Supplement to the account of plague administration in the Bombay Presidency from September 1896 till May 1897
Year: 1896
Disease focus: Plague
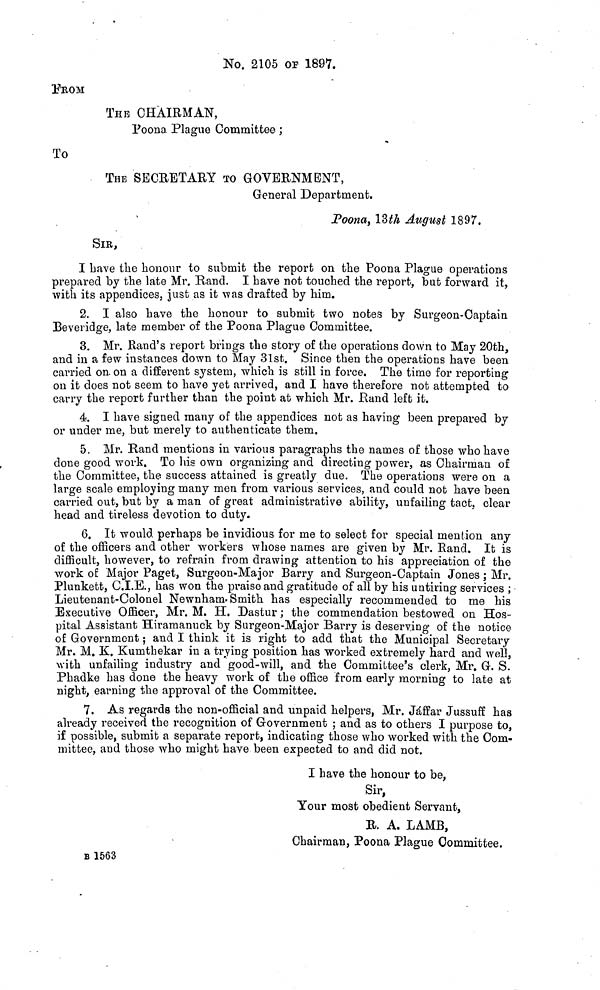
No. 2105 OP 1897.
FRΟΜ
THE CHAIRMAN,
Poona Plague Committee ;
To
THE SECRETARY TO GOVERNMENT,
General Department.
Poona, 13th August 1897.
SIR,
I have the honour to submit the report on the Poona Plague operations
prepared by the late Mr. Rand. I have not touched the report, but forward it,
with its appendices, just as it was drafted by him.
2. I also have the honour to submit two notes by Surgeon-Captain
Beveridge, late member of the Poona Plague Committee.
3. Mr. Rand's report brings the story of the operations down to May 20th,
and in a few instances down to May 31st. Since then the operations have been
carried on. on a different system, which is still in force. The time for reporting
on it does not seem to have yet arrived, and I have therefore not attempted to
carry the report further than the point at which Mr. Hand left it.
4. I have signed many of the appendices not as having been prepared by
or under me, but merely to authenticate them.
5. Mr. Rand mentions in various paragraphs the names of those who have
done good work. To his own organizing and directing power, as Chairman of
the Committee, the success attained is greatly due. The operations were on a
large scale employing many men from various services, and could not have been
carried out, but by a man of great administrative ability, unfailing tact, clear
head and tireless devotion to duty.
6. It would perhaps be invidious for me to select for special mention any
of the officers and other workers whose names are given by Mr. Rand. It is
difficult, however, to refrain from drawing attention to his appreciation of the
work of Major Paget, Surgeon-Major Barry and Surgeon-Captain Jones ; Mr.
Plunkett, C.I.E., has won the praise and gratitude of all by his untiring services ;
Lieutenant-Colonel Newnham. Smith has especially recommended to me his
Executive Officer, Mr. M. H. Dastur ; the commendation bestowed on Hos-
pital Assistant Hiramanuck by Surgeon-Major Barry is deserving of the notice
of Government ; and I think it is right to add that the Municipal Secretary
Mr. M. K. Kumthekar in a trying position has worked extremely hard and well,
with unfailing industry and good-will, and the Committee's clerk, Mr. G. S.
Phadke has done the heavy work of the office from early morning to late at
night, earning the approval of the Committee.
7. As regards the non-official and unpaid helpers, Mr. Jáffar Jussuff has
already received the recognition of Government ; and as to others I purpose to,
if possible, submit a separate report, indicating those who worked with the Com-
mittee, and those who might have been expected to and did not.
I have the honour to be,
Sir,
Your most obedient Servant,
Κ A. LAMB,
Chairman, Poona Plague Committee.
Β 1563